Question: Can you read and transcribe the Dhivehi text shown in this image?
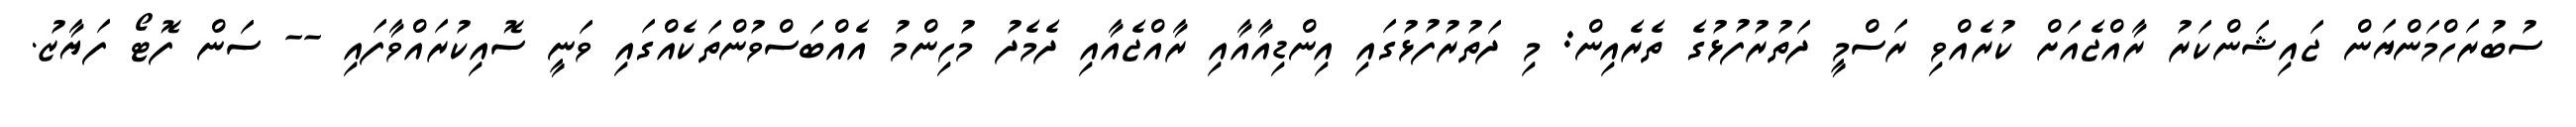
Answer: ސުބުރަހްމަންޔަން ޖައިޝަންކަރު ރާއްޖެއަށް ކުރެއްވި ރަސްމީ ދަތުރުފުޅުގެ ތެރެއިން: މި ދަތުރުފުޅުގައި އިންޑިއާއާއި ރާއްޖެއާއި ދެމެދު މުހިންމު އެއްބަސްވުންތަކެއްގައި ވަނީ ސޮއިކުރައްވާފައި -- ސަން ފޮޓޯ ފަޔާޒު.